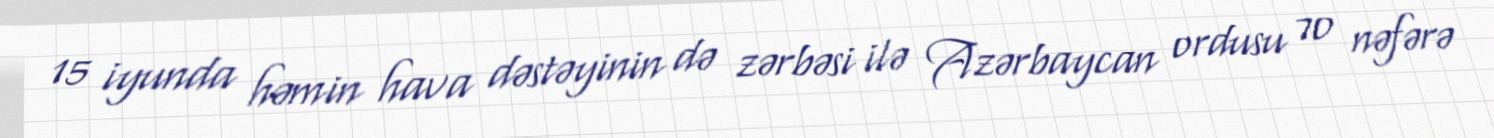
15 iyunda həmin hava dəstəyinin də zərbəsi ilə Azərbaycan ordusu 70 nəfərə